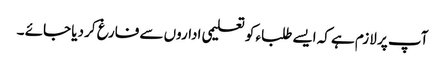
آپ پر لازم ہے کہ ایسے طلباء کو تعلیمی اداروں سے فارغ کر دیا جائے ۔